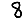
Digit: 8